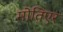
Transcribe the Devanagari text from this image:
मोतिएर